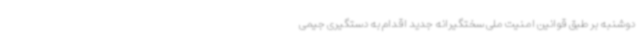
دوشنبه بر طبق قوانین امنیت ملی سختگیرانه جدید اقدام به دستگیری جیمی